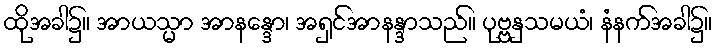
ထိုအခါ၌။ အာယသ္မာ အာနန္ဒော၊ အရှင်အာနန္ဒာသည်။ ပုဗ္ဗနှသမယံ၊ နံနက်အခါ၌။